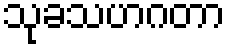
သုခသဟဂတာ